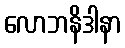
လောဘနိဒါနာ